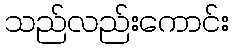
သည်လည်းကောင်း